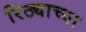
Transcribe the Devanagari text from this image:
रिठ्याच्या